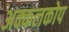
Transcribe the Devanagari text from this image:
अक्कलकोप